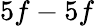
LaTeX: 5f-5f